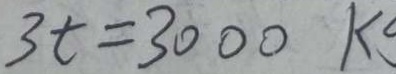
3 t = 3 0 0 0 k